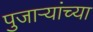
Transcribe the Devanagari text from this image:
पुजाऱ्यांच्या